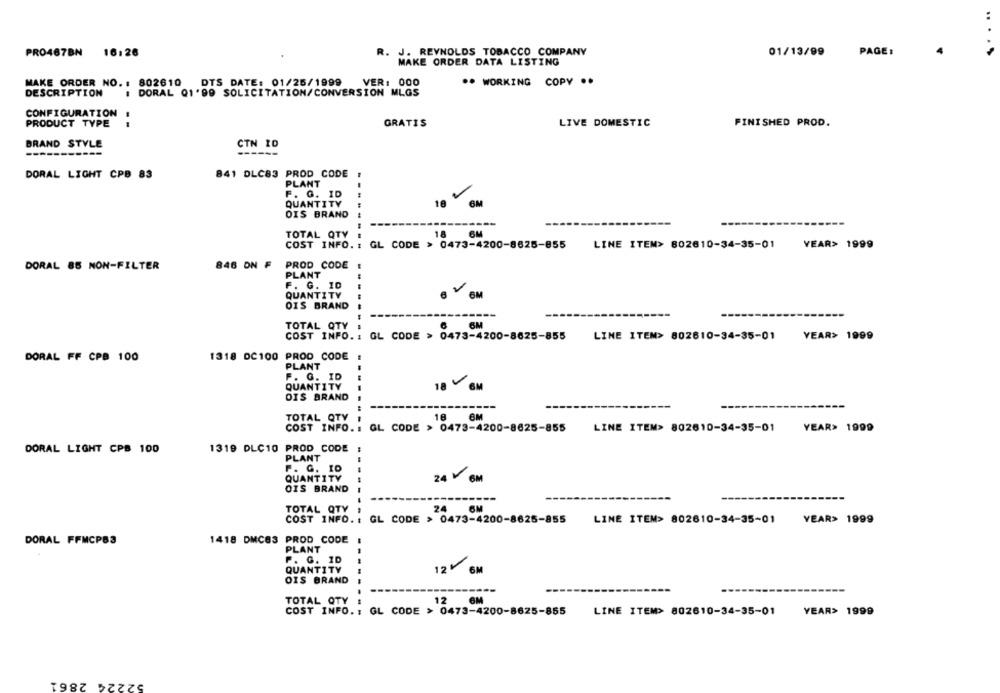
PRO467BN 16:26
J. REYNOLDS TOBACCO COMPANY
01/13/99
PAGE:
MAKE ORDER DATA LISTING
MAKE ORDER NO. : 802610 DTS DATE: 01/25/1999
VER: 000
** WORKING COPY ..
DESCRIPTION
: DORAL 01.99 SOLICITATION/CONVERSION MLGS
CONFIGURATION
PRODUCT TYPE
--
GRATIS
LIVE DOMESTIC
FINISHED PROD.
BRAND STYLE
CTN ID
------
DORAL LIGHT CPB 83
841 DLC83 PROD CODE 1
PLANT
-
F. G. ID
QUANTITY
6M
OIS BRAND
TOTAL QTY
18
6M
COST INFO. : GL CODE > 0473-4200-8625-855
LINE ITEM> 802610-34-35-01
YEAR> 1999
DORAL 85 NON-FILTER
846 DN F
PROD CODE
PLANT
F. G. 10
---
QUANTITY
OIS BRAND
TOTAL QTY
6M
COST INFO. : GL CODE > 0473-4200-8625-855
LINE ITEM> 802610-34-35-01
YEAR> 1999
DORAL FF CPB 100
1318 DC100 PROD CODE
PLANT
F. G. ID
QUANTITY
18 EM
OIS BRAND
TOTAL QTY
6M
18
COST INFO. : GL CODE > 0473-4200-8625-855
LINE ITEM> 802610-34-35-01
YEAR> 1999
DORAL LIGHT CPB 100
1319 DLC10 PROD CODE
PLANT
F. G. IO
QUANTITY
24 BM
OIS BRAND
----
-----
TOTAL QTY
24 6M
COST INFO. : GL CODE > 0473-4200-8625-855
LINE ITEM> 802610-34-35-01
YEAR> 1999
DORAL FFMCPS3
1418 DMCBS PROD CODE
PLANT
F. G. 10
QUANTITY
12 6M
OIS BRAND
TOTAL QTY
------.
12
6M
COST INFO .: GL CODE > 0473-4200-8625-855
LINE ITEM> 802610-34-35-01
YEAR> 1999
2861
52224